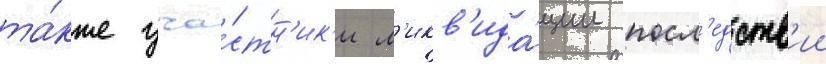
та́кже уча́стн'ик'и л'икв'ида́ции посл'едств'ии